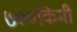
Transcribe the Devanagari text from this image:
७००किमी